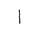
Letter: _alif